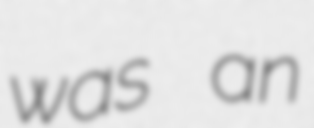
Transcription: was an